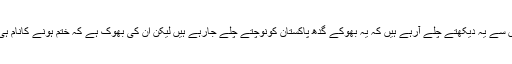
ہم توعشروں سے یہ دیکھتے چلے آرہے ہیں کہ یہ بھوکے گدھ پاکستان کونوچتے چلے جارہے ہیں لیکن اِن کی بھوک ہے کہ ختم ہونے کانام ہی نہیں لیتی ۔